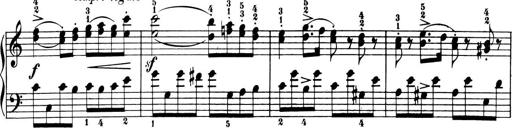
Title: 6 Piano Sonatinas
Composer: Cornelius Gurlitt